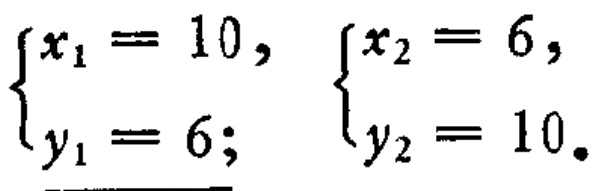
\(\begin{cases}x_1 = 10,\\y_1 = 6;\end{cases}\) \(\begin{cases}x_2 = 6,\\y_2 = 10.\end{cases}\)